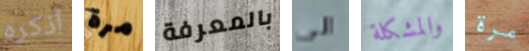
أذكره مرة بالمعرفة الى والمشكلة مرة